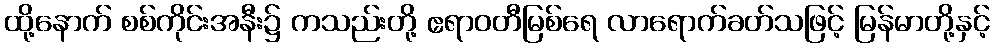
ထို့နောက် စစ်ကိုင်းအနီး၌ ကသည်းတို့ ဧရာဝတီမြစ်ရေ လာရောက်ခတ်သဖြင့် မြန်မာတို့နှင့်